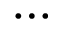
\cdots